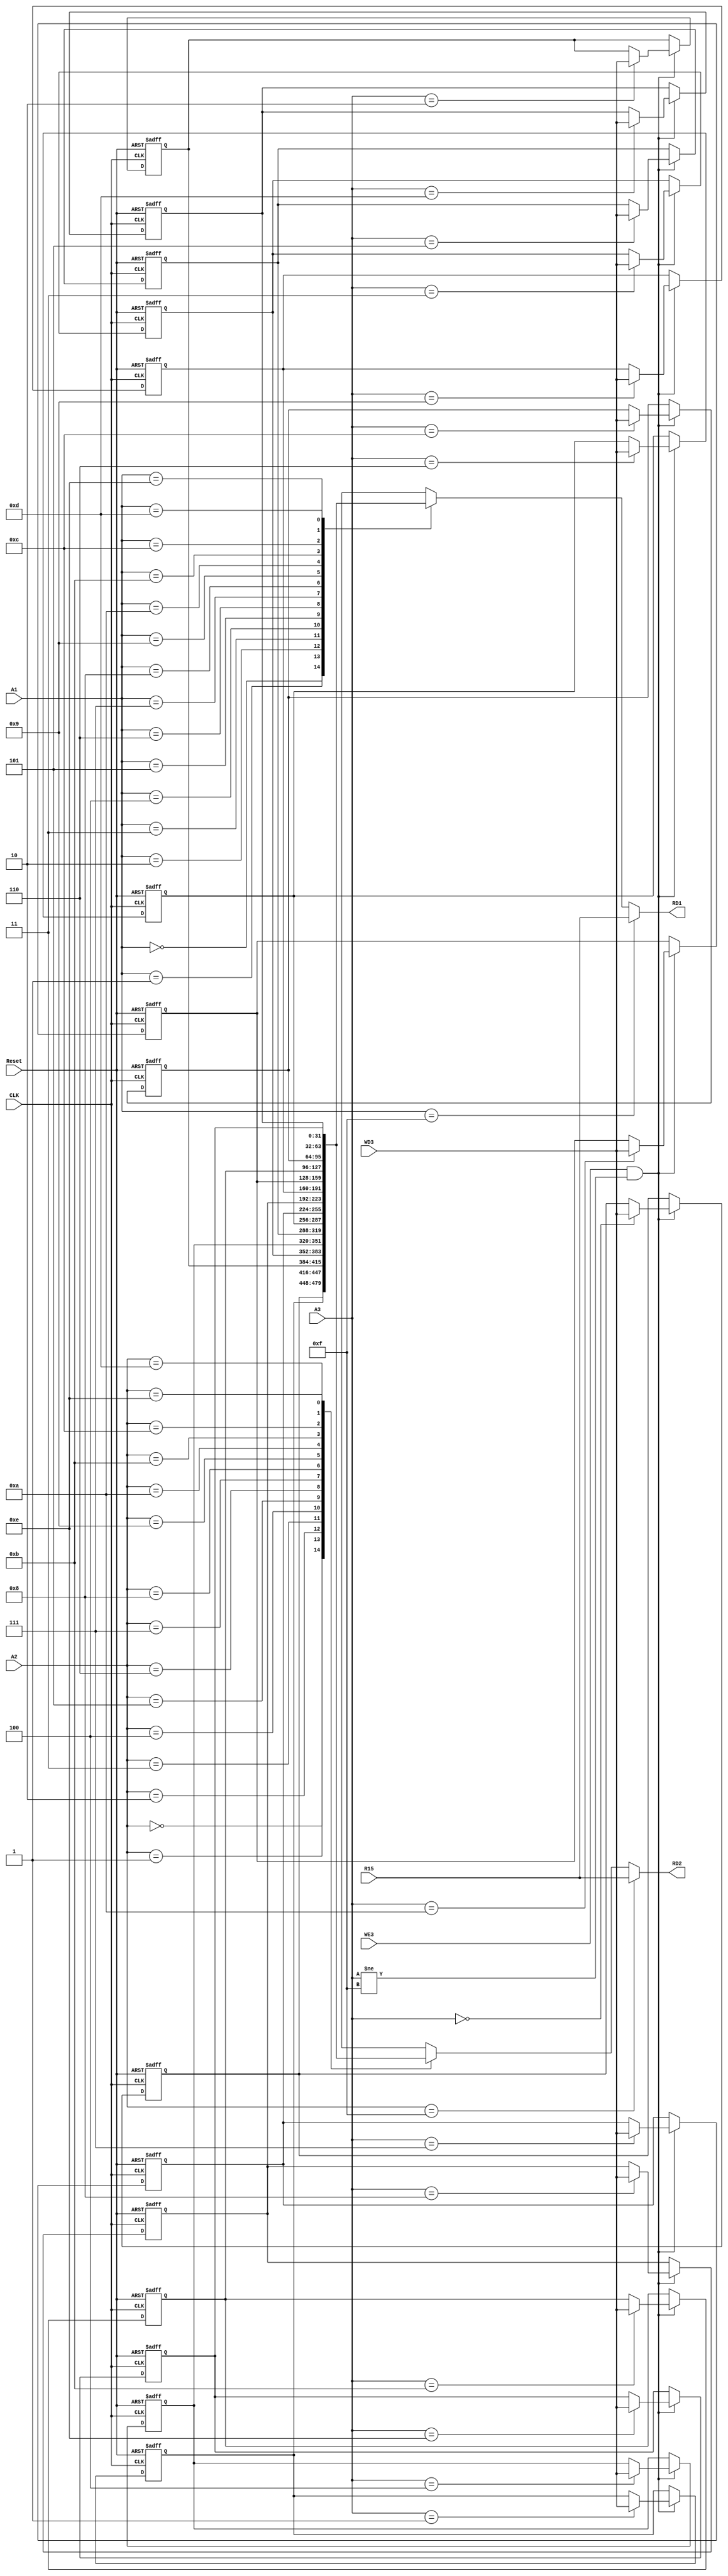
`timescale 1ns / 1ps
//////////////////////////////////////////////////////////////////////////////////
// Company: SUSTech
// Module Name: RegisterFile
// Project Name: Processor
// Tool Versions: Vivado 2021.2
// Description: 
//
//////////////////////////////////////////////////////////////////////////////////


module RegisterFile(
    input CLK,
    input Reset,
    input WE3,
    input [3:0] A1,
    input [3:0] A2,
    input [3:0] A3,
    input [31:0] WD3,
    input [31:0] R15,
    output [31:0] RD1,
    output [31:0] RD2
    );
    
    reg [31:0] RegBankCore[0:14];
    
    integer i;
    initial begin
        for (i = 0; i < 15; i = i + 1)
            RegBankCore[i] = 32'b0;
    end
    
    always @(posedge CLK, posedge Reset) begin
        if (Reset) begin
            RegBankCore[0] <= 32'b0;
            RegBankCore[1] <= 32'b0;
            RegBankCore[2] <= 32'b0;
            RegBankCore[3] <= 32'b0;
            RegBankCore[4] <= 32'b0;
            RegBankCore[5] <= 32'b0;
            RegBankCore[6] <= 32'b0;
            RegBankCore[7] <= 32'b0;
            RegBankCore[8] <= 32'b0;
            RegBankCore[9] <= 32'b0;
            RegBankCore[10] <= 32'b0;
            RegBankCore[11] <= 32'b0;
            RegBankCore[12] <= 32'b0;
            RegBankCore[13] <= 32'b0;
            RegBankCore[14] <= 32'b0;
        end
        else begin
            if (WE3 & (A3 != 4'd15))
                RegBankCore[A3] <= WD3;
        end
    end
    
    assign RD1 = A1 == 4'd15 ? R15 : RegBankCore[A1];
    assign RD2 = A2 == 4'd15 ? R15 : RegBankCore[A2];
endmodule